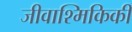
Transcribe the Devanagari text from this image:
जीवाश्मिकिकी